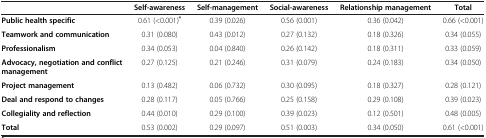
<table><thead><tr><td><b> </b></td><td><b>Self-awareness</b></td><td><b>Self-management</b></td><td><b>Social-awareness</b></td><td><b>Relationship management</b></td><td><b>Total</b></td></tr></thead><tbody><tr><td><b>Public health specific</b></td><td>0.61 (&lt;0.001)<sup><b>*</b></sup></td><td>0.39 (0.026)</td><td>0.56 (0.001)</td><td>0.36 (0.042)</td><td>0.66 (&lt;0.001)</td></tr><tr><td><b>Teamwork and communication</b></td><td>0.31 (0.080)</td><td>0.43 (0.012)</td><td>0.27 (0.132)</td><td>0.18 (0.326)</td><td>0.34 (0.055)</td></tr><tr><td><b>Professionalism</b></td><td>0.34 (0.053)</td><td>0.04 (0.840)</td><td>0.26 (0.142)</td><td>0.18 (0.311)</td><td>0.33 (0.059)</td></tr><tr><td><b>Advocacy, negotiation and conflict management</b></td><td>0.27 (0.125)</td><td>0.21 (0.246)</td><td>0.31 (0.079)</td><td>0.24 (0.183)</td><td>0.34 (0.050)</td></tr><tr><td><b>Project management</b></td><td>0.13 (0.482)</td><td>0.06 (0.732)</td><td>0.30 (0.095)</td><td>0.18 (0.327)</td><td>0.28 (0.121)</td></tr><tr><td><b>Deal and respond to changes</b></td><td>0.28 (0.117)</td><td>0.05 (0.766)</td><td>0.25 (0.158)</td><td>0.29 (0.108)</td><td>0.39 (0.023)</td></tr><tr><td><b>Collegiality and reflection</b></td><td>0.44 (0.010)</td><td>0.29 (0.100)</td><td>0.39 (0.023)</td><td>0.12 (0.501)</td><td>0.48 (0.005)</td></tr><tr><td><b>Total</b></td><td>0.53 (0.002)</td><td>0.29 (0.097)</td><td>0.51 (0.003)</td><td>0.34 (0.050)</td><td>0.61 (&lt;0.001)</td></tr></tbody></table>